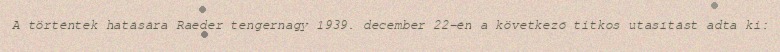
A történtek hatására Raeder tengernagy 1939. december 22-én a következő titkos utasítást adta ki: